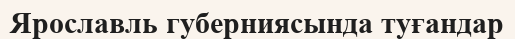
Ярославль губерниясында туғандар